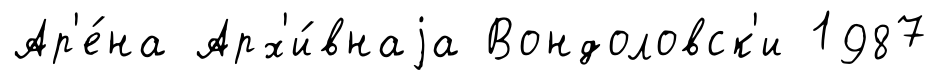
Ар'е́на Арх'и́внаjа Вондоловск'и 1987